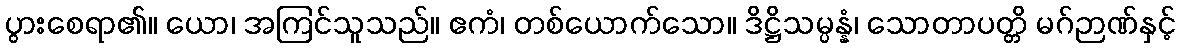
ပွားစေရာ၏။ ယော၊ အကြင်သူသည်။ ဧကံ၊ တစ်ယောက်သော။ ဒိဋ္ဌိသမ္ပန္နံ၊ သောတာပတ္တိ မဂ်ဉာဏ်နှင့်